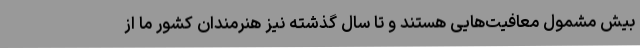
بیش مشمول معافیت‌هایی هستند و تا سال گذشته نیز هنرمندان کشور ما از